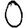
Digit: 0